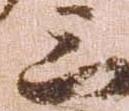
三